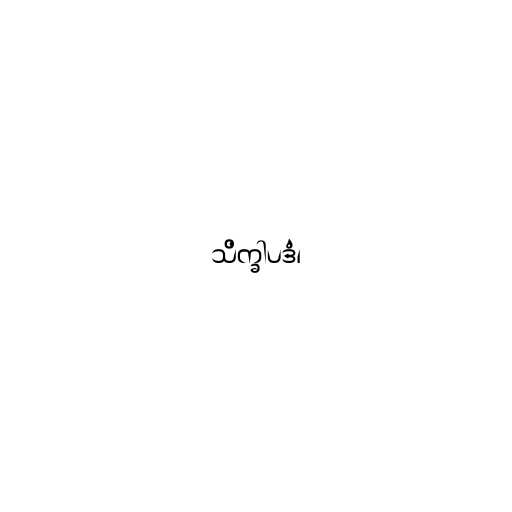
သိက္ခါပဒံ၊